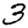
Digit: 3